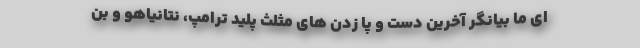
ای ما بیانگر آخرین دست و پا زدن های مثلث پلید ترامپ، نتانیاهو و بن